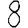
Digit: 8